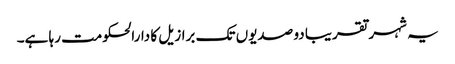
یہ شہر تقریبا دو صدیوں تک برازیل کا دارالحکومت رہا ہے۔